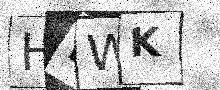
Text: HDWK